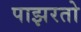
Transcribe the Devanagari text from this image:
पाझरतो